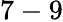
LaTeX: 7-9